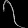
Digit: ၇